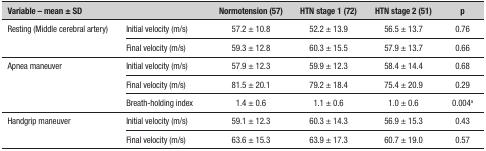
<table><thead><tr><td colspan="2"><b>Variable – mean ± SD</b></td><td><b>Normotension (57)</b></td><td><b>HTN stage 1 (72)</b></td><td><b>HTN stage 2 (51)</b></td><td><b><i>p</i></b></td></tr></thead><tbody><tr><td rowspan="2">Resting (Middle cerebral artery)</td><td>Initial velocity (m/s)</td><td>57.2 ± 10.8</td><td>52.2 ± 13.9</td><td>56.5 ± 13.7</td><td>0.76</td></tr><tr><td>Final velocity (m/s)</td><td>59.3 ± 12.8</td><td>60.3 ± 15.5</td><td>57.9 ± 13.7</td><td>0.66</td></tr><tr><td rowspan="3">Apnea maneuver</td><td>Initial velocity (m/s)</td><td>57.9 ± 12.3</td><td>59.9 ± 12.3</td><td>58.4 ± 14.4</td><td>0.68</td></tr><tr><td>Final velocity (m/s)</td><td>81.5 ± 20.1</td><td>79.2 ± 18.4</td><td>75.4 ± 20.9</td><td>0.29</td></tr><tr><td>Breath-holding index</td><td>1.4 ± 0.6</td><td>1.1 ± 0.6</td><td>1.0 ± 0.6</td><td>0.004a</td></tr><tr><td rowspan="2">Handgrip maneuver</td><td>Initial velocity (m/s)</td><td>59.1 ± 12.3</td><td>60.3 ± 14.3</td><td>56.9 ± 15.3</td><td>0.43</td></tr><tr><td>Final velocity (m/s)</td><td>63.6 ± 15.3</td><td>63.9 ± 17.3</td><td>60.7 ± 19.0</td><td>0.57</td></tr></tbody></table>